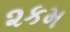
૨કમ